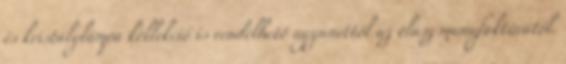
és kristálylámpa kollekció is rendelhető ugyanettől az olasz manufaktúrától.